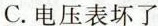
C.电压表坏了